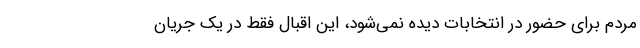
مردم برای حضور در انتخابات دیده نمی‌شود، این اقبال فقط در یک جریان